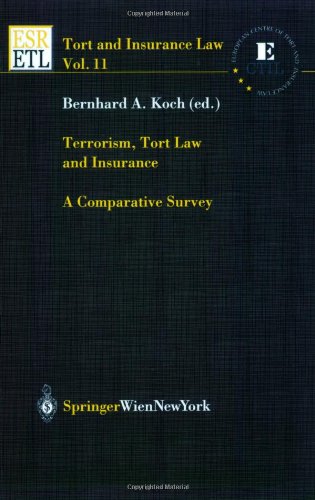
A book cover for Terrorism, Tort Law and Insurance: A Comparative Survey (Tort and Insurance Law); Law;